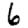
Digit: 6